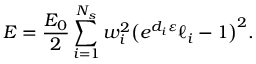
E = \frac { E _ { 0 } } { 2 } \sum _ { i = 1 } ^ { N _ { s } } { w _ { i } ^ { 2 } \big ( e ^ { d _ { i } \varepsilon } \ell _ { i } - 1 \big ) ^ { 2 } } .